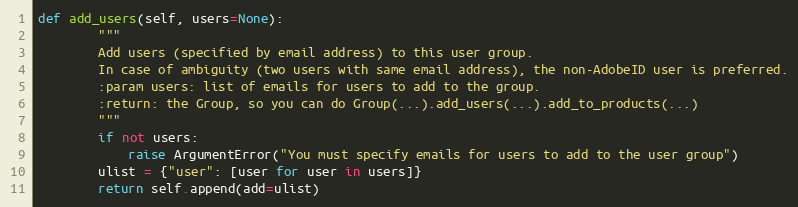
Language: Python
def add_users(self, users=None):
        """
        Add users (specified by email address) to this user group.
        In case of ambiguity (two users with same email address), the non-AdobeID user is preferred.
        :param users: list of emails for users to add to the group.
        :return: the Group, so you can do Group(...).add_users(...).add_to_products(...)
        """
        if not users:
            raise ArgumentError("You must specify emails for users to add to the user group")
        ulist = {"user": [user for user in users]}
        return self.append(add=ulist)